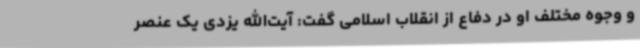
و وجوه مختلف او در دفاع از انقلاب اسلامی گفت: آیت‌الله یزدی یک عنصر